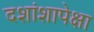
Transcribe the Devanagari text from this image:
दशांशापेक्षा